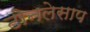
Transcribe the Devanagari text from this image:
टोनलेसाप